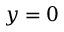
y = 0